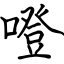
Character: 噔